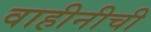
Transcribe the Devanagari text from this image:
वाहीनीची